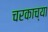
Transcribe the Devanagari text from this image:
चरकाच्या